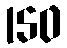
150